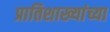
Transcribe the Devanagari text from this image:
प्रातिशाख्यांच्या